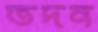
তদন